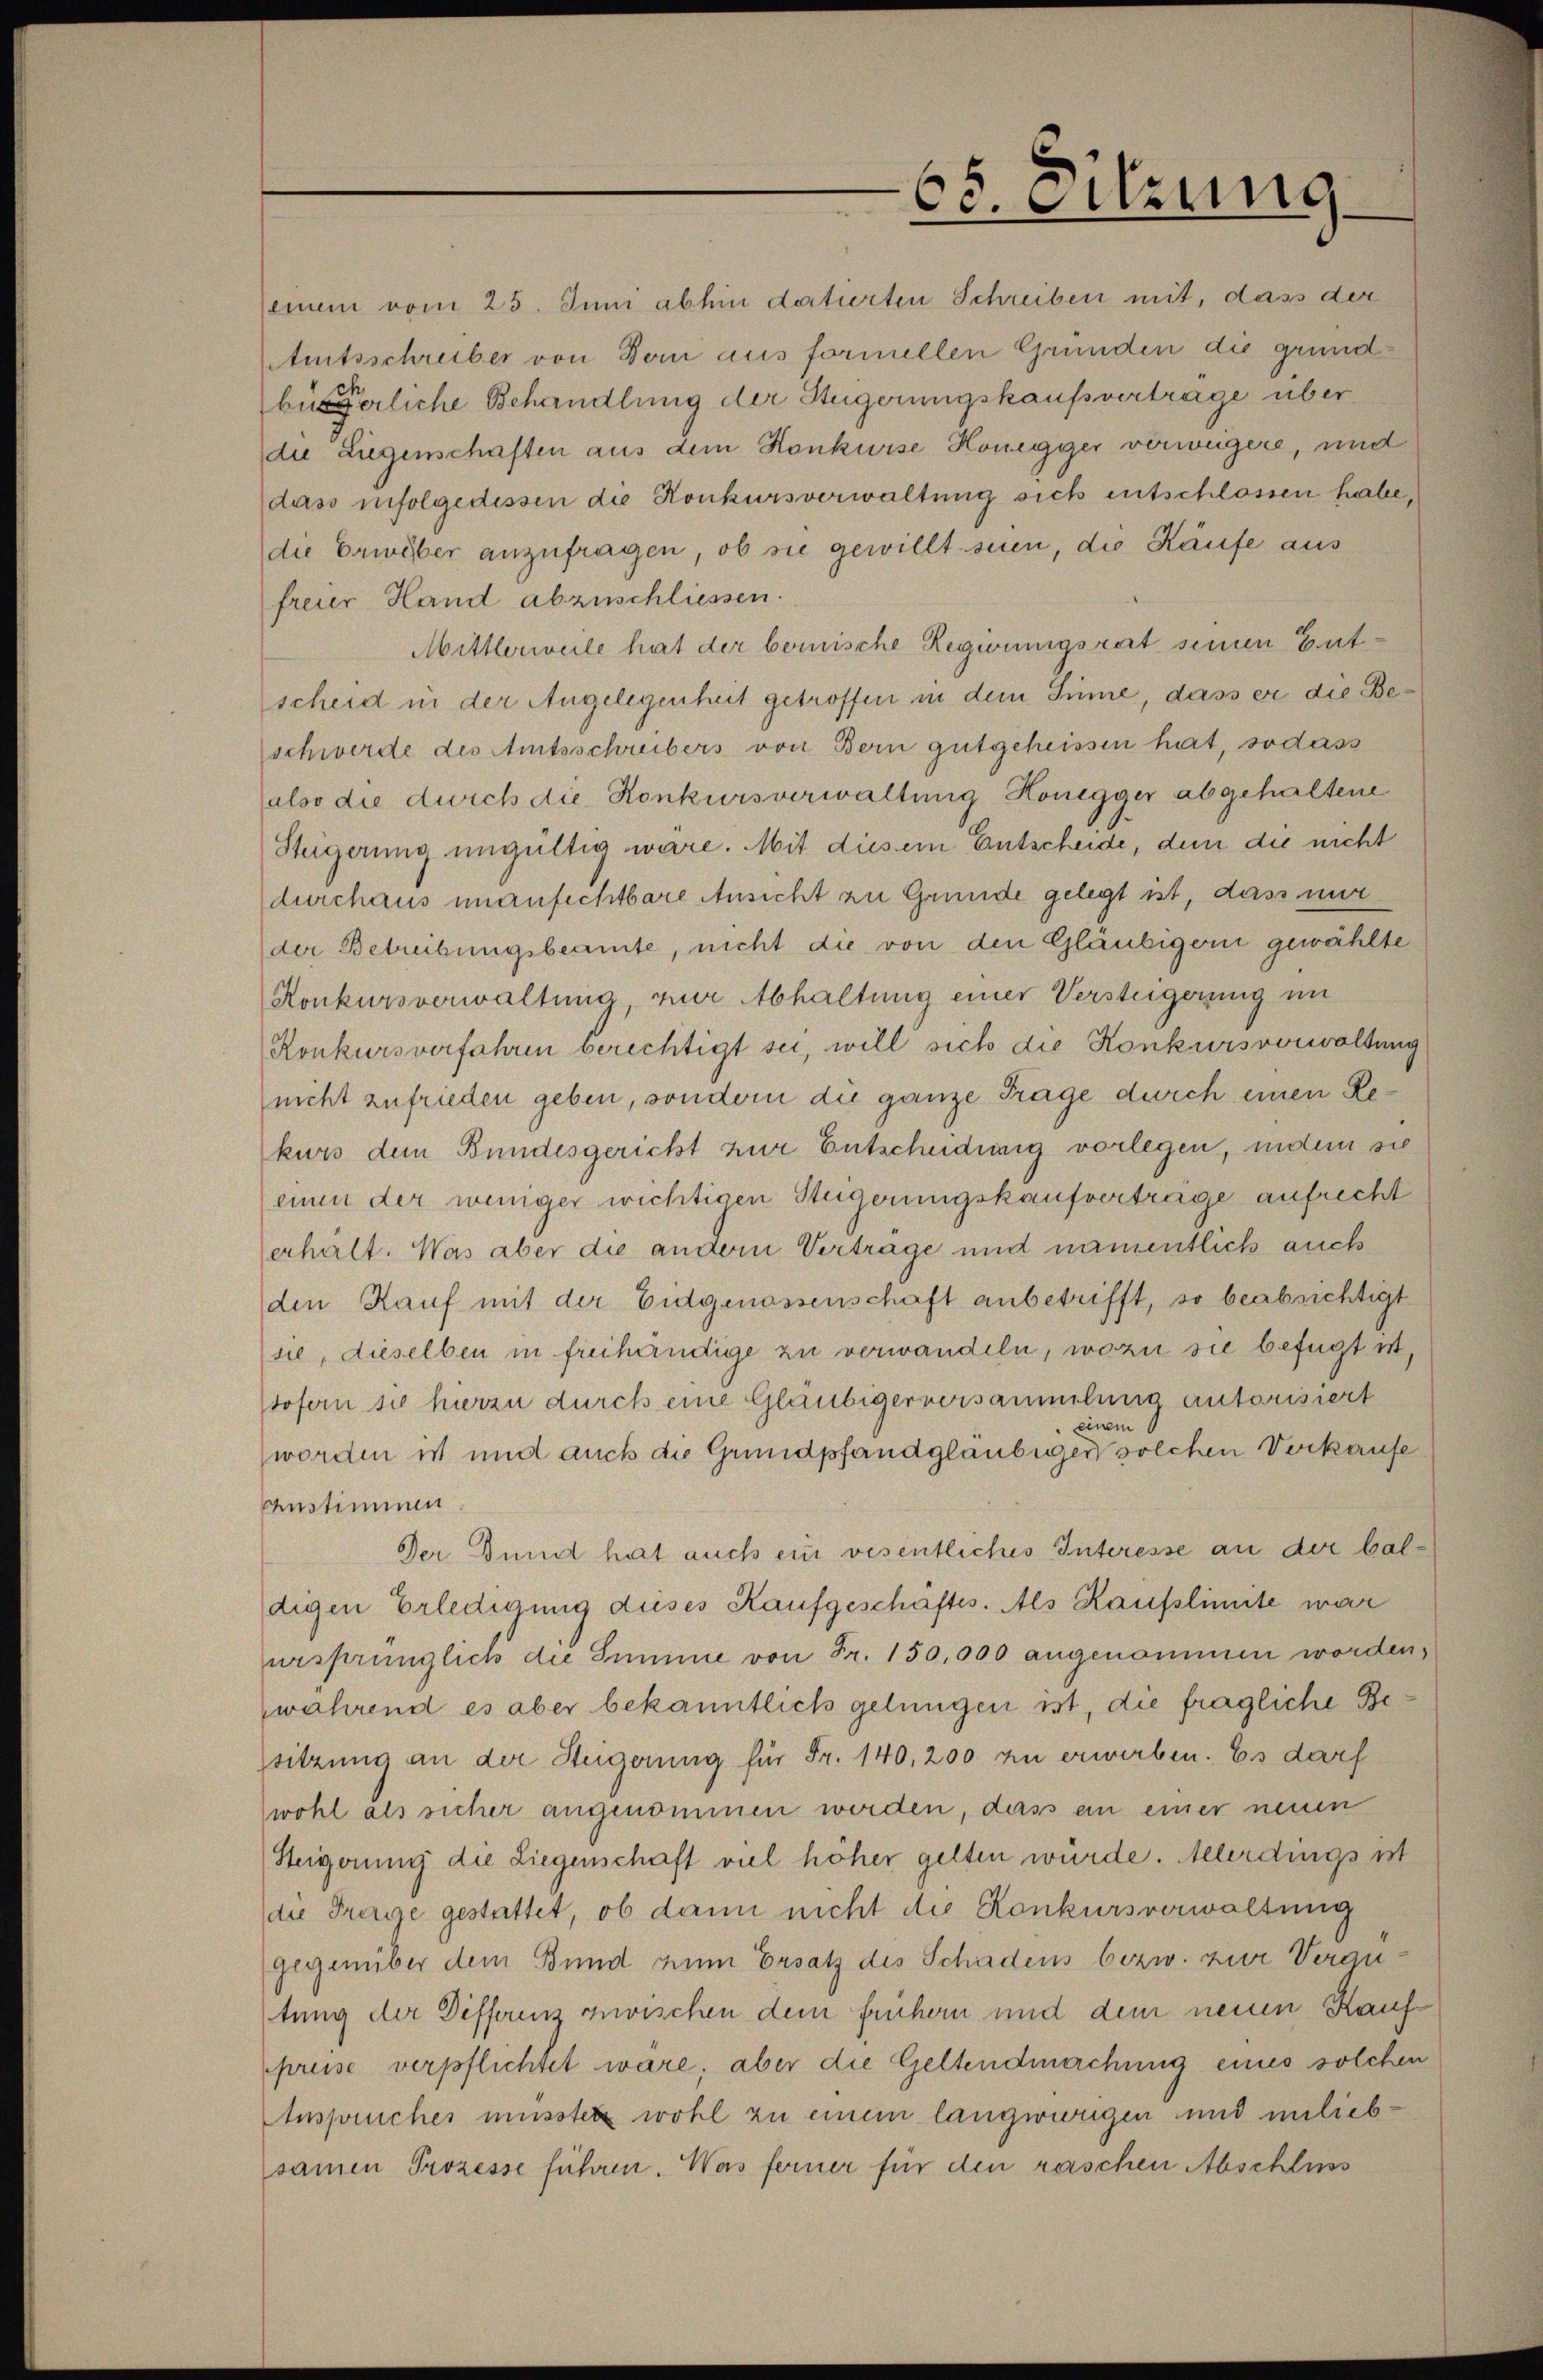
65. Sitzung

einem vom 25. Juni abhin datierten Schreiben mit, dass der
Amtsschreiber von Dom aus formellen Gründen die grundbeierliche Behandlung der Stügerungskaufsvertrage überdie Liegenschaften aus dem Konkurse Honegger verweigere, und
dass infolgedessen die Konkursverwaltung sich entschlossen habe,
die Erwäber anzufragen, ob sie gewillt seien, die Käufe aus
freier Hand abzuschliessen.
Mittlerweile hat der berische Regierungsrat seinen Gutscheid in der Angelegenheit getroffen in dem Sinne, dass er die Beschwerde des Amtsschreibers von Bern gutgeheissen hat, sodass
also die durch die Konkursverwaltung Honegger abgehaltene
Steigerung ungültig wäre. Mit diesem Entscheide, dem die nicht
durchaus unanfechtbare Ansicht zu Grunde gelegt ist, dass mir
der Betreibungsbeamte, nicht die von den Gläubigern gewählte
Konkursverwaltung, zur Abhaltung einer Versteigerung im
Konkursverfahren berichtigt sei, will sich die Konkursvorwaltung
nicht zufrieden geben, sondern die ganze Frage durch einen Rekurs dem Bundesgericht zur Entscheidung vorlegen, indem sie
einen der weniger wichtigen Steigerungskaufverträge aufrecht
erhält. Was aber die andern Vertrage und namentlich auch
den Kauf mit der Eidgenossenschaft anbetrifft, so beabsichtigt
sie, dieselben in freihändige zu verwandeln, wozu sie befügt ist,
sofern sie hierzu durch eine Gläubiger versammelins autorisiert
einem
worden ist und auch die Grundpfandgläubiger solchen Verkaufe
Anstimmen
Der Bund hat auch ein wesentliches Interesse an der bal¬

digen Erledigung dieses Kaufgeschäftes. Als Kaufslimite war
ursprünglich die Summe von Fr. 150,000 angenommen worden,
während es aber bekanntlich gelungen ist, die fragliche Bessitzung an der Steigerung für Fr. 140, 200 zu erwerben. Es darf
wohl als sicher angenommen werden, dass an einer neuen
Steigerung die Liegenschaft viel höher gelten würde. Allerdings ist
die Frage gestattet, ob dann nicht die Konkursverwaltung
gegenüber dem Bund zum Ersatz des Schadens bezw. zur Vergutung der Diffounz zwischen dem frühern und dem neuen Kaufpreise verpflichtet wäre, aber die Geltendmachung eines solchen
Anspruches müsster wohl zu einem langwiegen und unliebsamen Prozesse führen. Was ferner für den raschen Abschluss